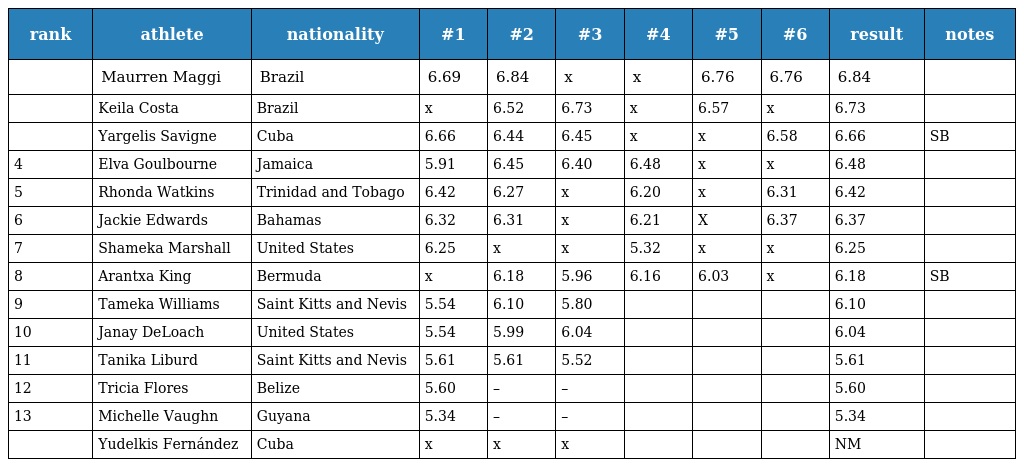
| rank | athlete | nationality | #1 | #2 | #3 | #4 | #5 | #6 | result | notes |
 | --- | --- | --- | --- | --- | --- | --- | --- | --- | --- | --- |
 |  | Maurren Maggi | Brazil | 6.69 | 6.84 | x | x | 6.76 | 6.76 | 6.84 |  |
 |  | Keila Costa | Brazil | x | 6.52 | 6.73 | x | 6.57 | x | 6.73 |  |
 |  | Yargelis Savigne | Cuba | 6.66 | 6.44 | 6.45 | x | x | 6.58 | 6.66 | SB |
 | 4 | Elva Goulbourne | Jamaica | 5.91 | 6.45 | 6.40 | 6.48 | x | x | 6.48 |  |
 | 5 | Rhonda Watkins | Trinidad and Tobago | 6.42 | 6.27 | x | 6.20 | x | 6.31 | 6.42 |  |
 | 6 | Jackie Edwards | Bahamas | 6.32 | 6.31 | x | 6.21 | X | 6.37 | 6.37 |  |
 | 7 | Shameka Marshall | United States | 6.25 | x | x | 5.32 | x | x | 6.25 |  |
 | 8 | Arantxa King | Bermuda | x | 6.18 | 5.96 | 6.16 | 6.03 | x | 6.18 | SB |
 | 9 | Tameka Williams | Saint Kitts and Nevis | 5.54 | 6.10 | 5.80 |  |  |  | 6.10 |  |
 | 10 | Janay DeLoach | United States | 5.54 | 5.99 | 6.04 |  |  |  | 6.04 |  |
 | 11 | Tanika Liburd | Saint Kitts and Nevis | 5.61 | 5.61 | 5.52 |  |  |  | 5.61 |  |
 | 12 | Tricia Flores | Belize | 5.60 | – | – |  |  |  | 5.60 |  |
 | 13 | Michelle Vaughn | Guyana | 5.34 | – | – |  |  |  | 5.34 |  |
 |  | Yudelkis Fernández | Cuba | x | x | x |  |  |  | NM |  |